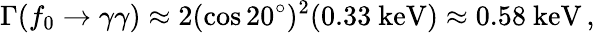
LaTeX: \Gamma(f_{0}\rightarrow\gamma\gamma)\approx 2(\cos 20^{\circ})^{2}(0.33\ \mathrm{keV})\approx 0.58\ \mathrm{keV}\, ,